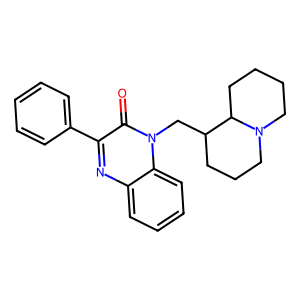
SMILES: O=c1c(-c2ccccc2)nc2ccccc2n1CC1CCCN2CCCCC12
Inhibits HIV replication: No